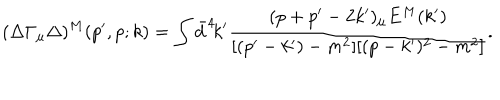
( \Delta \Gamma _ { \mu } \Delta ) ^ { M } ( p ^ { \prime } , p ; k ) = \int \bar { d } ^ { 4 } \! k ^ { \prime } \frac { ( p + p ^ { \prime } - 2 k ^ { \prime } ) _ { \mu } E ^ { M } ( k ^ { \prime } ) } { [ ( p ^ { \prime } - k ^ { \prime } ) - m ^ { 2 } ] [ ( p - k ^ { \prime } ) ^ { 2 } - m ^ { 2 } ] } .